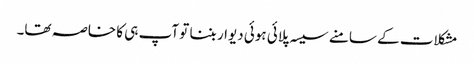
مشکلات کے سامنے سیسہ پلائی ہوئی دیوار بننا تو آپ ہی کا خاصہ تھا۔